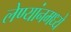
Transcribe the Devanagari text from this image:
लेण्यांनमध्ये